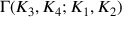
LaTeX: \Gamma ( K _ { 3 } , K _ { 4 } ; K _ { 1 } , K _ { 2 } )